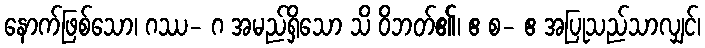
နောက်ဖြစ်သော၊ ဂဿ- ဂ အမည်ရှိသော သိ ဝိဘတ်၏၊ ဧ စ- ဧ အပြုသည်သာလျှင်၊